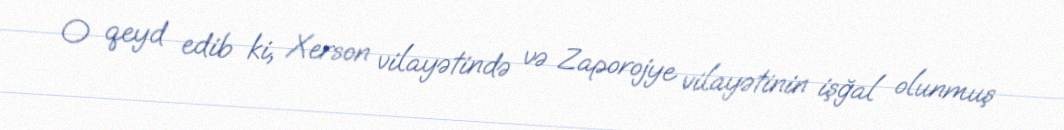
O qeyd edib ki, Xerson vilayətində və Zaporojye vilayətinin işğal olunmuş